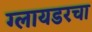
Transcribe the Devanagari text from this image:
ग्लायडरचा